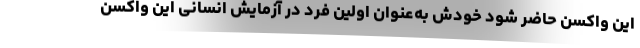
این واکسن حاضر شود خودش به‌عنوان اولین فرد در آزمایش انسانی این واکسن